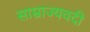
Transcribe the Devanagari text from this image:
साम्राज्यवदी